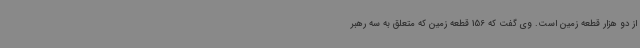
از دو هزار قطعه زمین است. وی گفت که 156 قطعه زمین که متعلق به سه رهبر